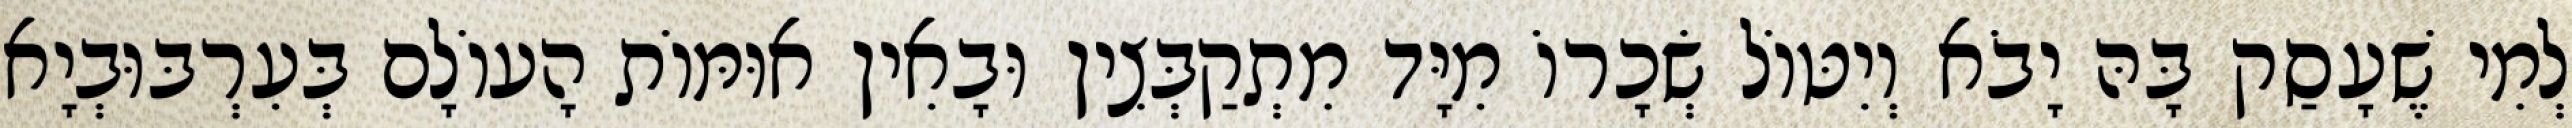
לְמִי שֶׁעָסַק בָּהּ יָבֹא וְיִטּוֹל שְׂכָרוֹ מִיָּד מִתְקַבְּצִין וּבָאִין אוּמּוֹת הָעוֹלָם בְּעִרְבּוּבְיָא